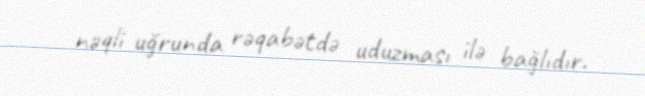
nəqli uğrunda rəqabətdə uduzması ilə bağlıdır.